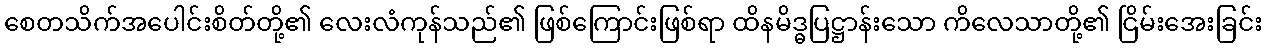
စေတသိက်အပေါင်းစိတ်တို့၏ လေးလံကုန်သည်၏ ဖြစ်ကြောင်းဖြစ်ရာ ထိနမိဒ္ဓပြဋ္ဌာန်းသော ကိလေသာတို့၏ ငြိမ်းအေးခြင်း